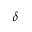
\delta